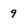
Character: 9